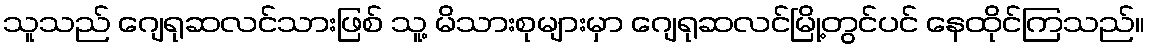
သူသည် ဂျေရုဆလင်သားဖြစ် သူ့ မိသားစုများမှာ ဂျေရုဆလင်မြို့တွင်ပင် နေထိုင်ကြသည်။